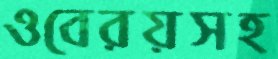
ওবেরয়সহ